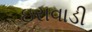
ઇરાવાડી